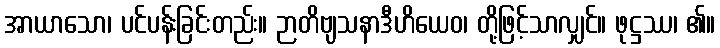
အာယာသော၊ ပင်ပန်းခြင်းတည်း။ ဉာတိဗျသနာဒီဟိယေဝ၊ တို့ဖြင့်သာလျှင်။ ဖုဋ္ဌဿ၊ ၏။